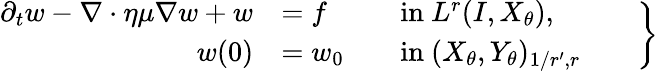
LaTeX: \begin{array}{r}{\left.\begin{array}{rlrl}{\partial_{t}w-\nabla\cdot\eta\mu\nabla w+w}&{=f}&&{\mathrm{in~}L^{r}(I,X_{\theta}),}\\ {w(0)}&{=w_{0}}&&{\mathrm{in~}(X_{\theta},Y_{\theta})_{1/r^{\prime},r}}\end{array}\qquad\right\} }\end{array}